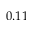
0 . 1 1